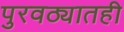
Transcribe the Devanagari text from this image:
पुरवठ्यातही